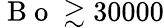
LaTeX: \mathrm{~B~o~}\gtrsim 30000